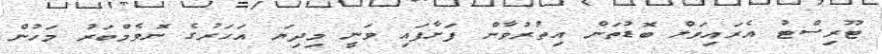
ޓޫރިސްޓު އެރައިވަލް ބޮޑުތަން އިތުރުވާން ފަށާފައި ވަނީ މިދިޔަ އަހަރުގެ ނޮވެމްބަރު މަހުން